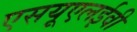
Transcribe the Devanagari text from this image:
एसयूएलईवी